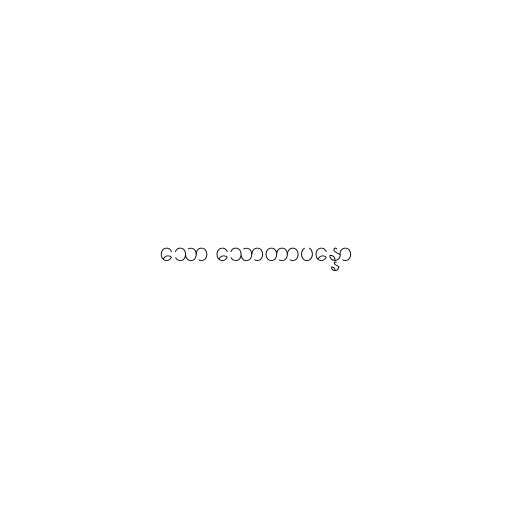
သော သောတာပန္နော